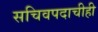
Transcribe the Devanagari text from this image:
सचिवपदाचीही